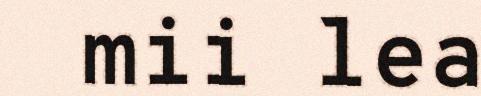
mii lea